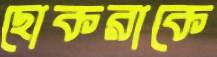
ছোকরাকে